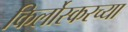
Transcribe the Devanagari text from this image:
किर्लोस्करच्या